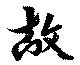
故